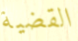
القضية